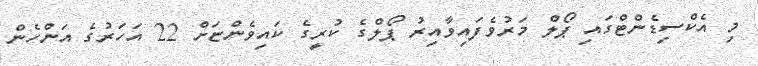
މި އެކްސިޑެންޓްގައި ޕޯލް މަރުވެފައިވާއިރު ޕޯލްގެ ކުރީގެ ކައިވެންޏަށް 22 އަހަރުގެ އަންހެން